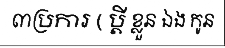
៣ប្រការ ( ប្តី ខ្លួន ឯង កូន